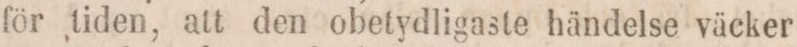
för tiden, att den obetydligaste händelse väcker